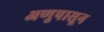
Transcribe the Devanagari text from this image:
अणुपासून